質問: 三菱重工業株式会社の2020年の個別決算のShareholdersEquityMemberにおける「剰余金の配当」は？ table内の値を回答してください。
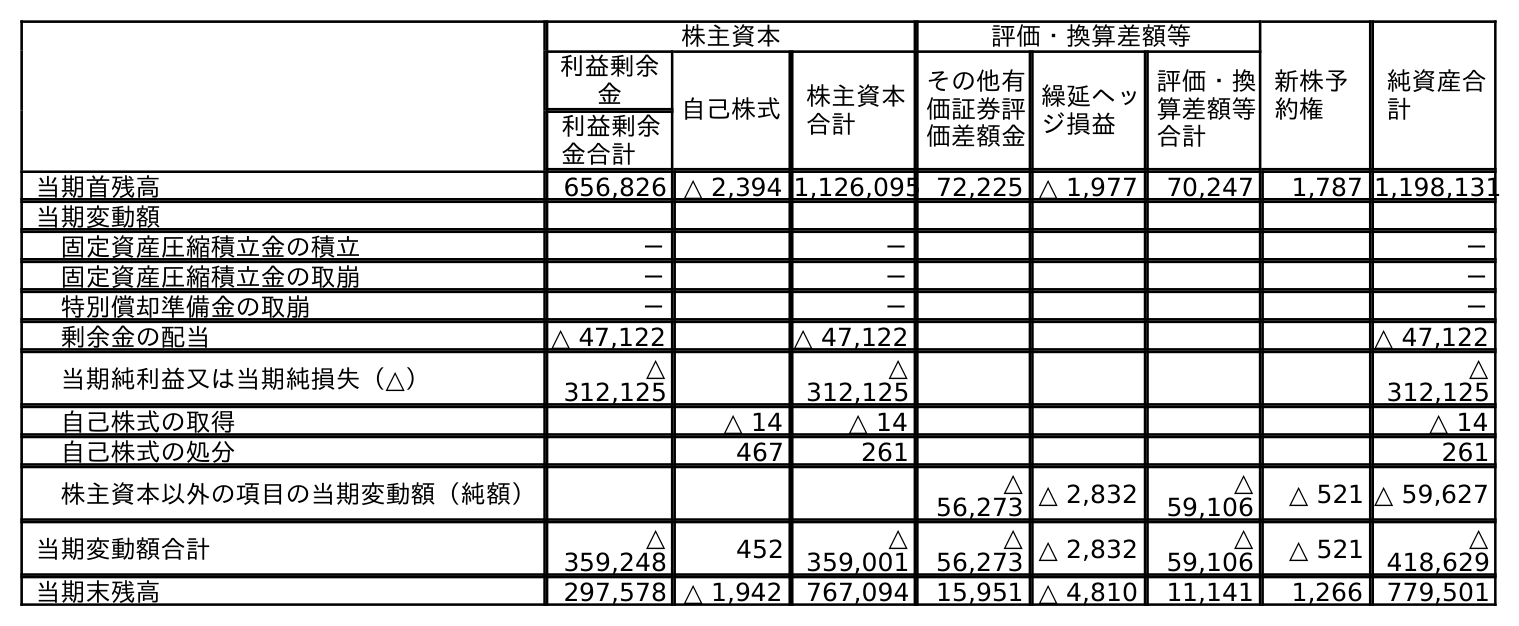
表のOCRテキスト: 株主資本 評価・換算差額等 新株予 約権 純資産合 計 利益剰余 金 自己株式 株主資本 合計 その他有 価証券評 価差額金 繰延ヘッ ジ損益 評価・換 算差額等 合計 利益剰余 金合計 当期首残高 656,826 △ 2,394 1,126,095 72,225 △ 1,977 70,247 1,787 1,198,131 当期変動額 固定資産圧縮積立金の積立 － － － 固定資産圧縮積立金の取崩 － － － 特別償却準備金の取崩 － － － 剰余金の配当 △ 47,122 △ 47,122 △ 47,122 当期純利益又は当期純損失（△） △ 312,125 △ 312,125 △ 312,125 自己株式の取得 △ 14 △ 14 △ 14 自己株式の処分 467 261 261 株主資本以外の項目の当期変動額（純額） △ 56,273 △ 2,832 △ 59,106 △ 521 △ 59,627 当期変動額合計 △ 359,248 452 △ 359,001 △ 56,273 △ 2,832 △ 59,106 △ 521 △ 418,629 当期末残高 297,578 △ 1,942 767,094 15,951 △ 4,810 11,141 1,266 779,501
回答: △47,122